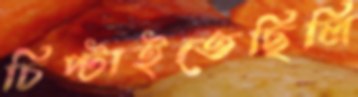
চিপ্‌টাইতেছিলি